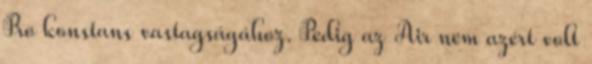
Pro konstans vastagságához. Pedig az Air nem azért volt